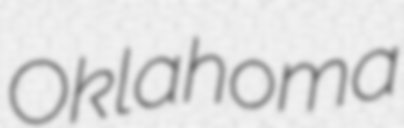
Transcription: Oklahoma